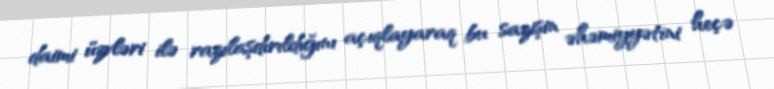
daimi üzvləri ilə razılaşdırıldığını açıqlayaraq bu sazişin əhəmiyyətini heçə